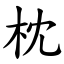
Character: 枕